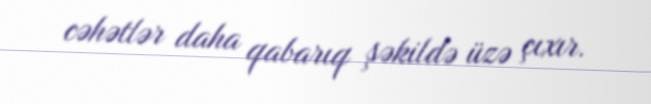
cəhətlər daha qabarıq şəkildə üzə çıxır.